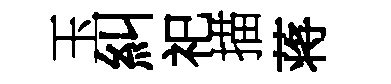
玉糾祀描蒋